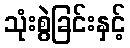
သုံးစွဲခြင်းနှင့်